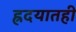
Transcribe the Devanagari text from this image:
ह्रदयातही